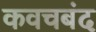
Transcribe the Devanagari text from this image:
कवचबंद